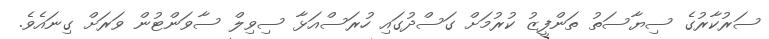
ސަރުކާރުގެ ސިޔާސަތު ތަންފީޒު ކުރުމަށް ގަސްދުގައި ހުރަސްއަޅާ ސިވިލް ސާވަންޓުން ވަރަށް ގިނައެވެ.